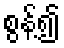
စွန့်၍